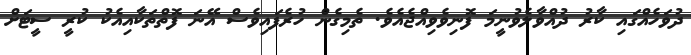
ދުވަހެއްގައި ކާރު ދުއްވާލެވުނީމަ ފޮނިވެވިއްޖެއެވެ. ތެމިގެން ހުރެފައިވެސް އޭނަ ފޮތްތަކާއިއެކު ކުރީ ސީޓަށް